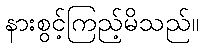
နားစွင့်ကြည့်မိသည်။